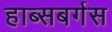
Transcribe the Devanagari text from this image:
हाब्सबर्गस